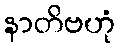
နာတိဗဟုံ